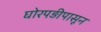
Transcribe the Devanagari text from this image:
घोरपड़ीपासून